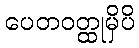
ပေတဝတ္ထုမှိပိ